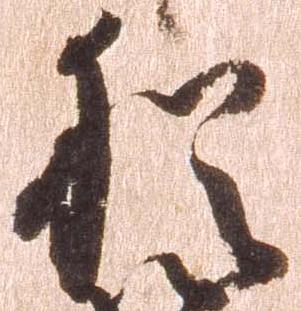
猶